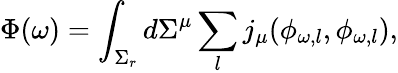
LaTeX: \Phi(\omega)=\int_{\Sigma_{r}}d\Sigma^{\mu}\sum_{l}j_{\mu}(\phi_{\omega,l},\phi_{\omega,l}),